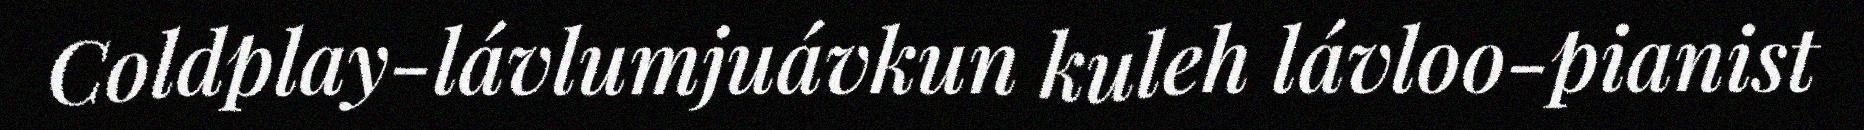
Coldplay-lávlumjuávkun kuleh lávloo-pianist